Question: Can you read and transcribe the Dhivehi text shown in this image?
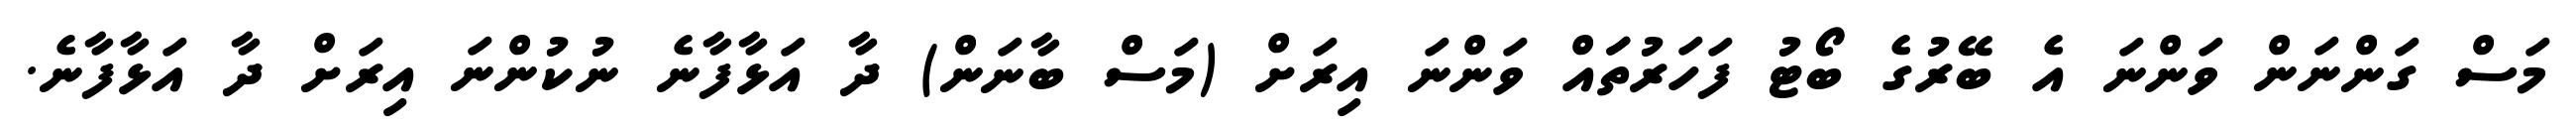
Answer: މަސް ގަންނަން ވަންނަ އެ ބޭރުގެ ބޯޓު ފަހަރުތަައް ވަންނަ އިރަށް (މަސް ބާނަން) ދާ އަޅާފާނެ ނުކުންނަ އިރަށް ދާ އަޅާފާނެ.